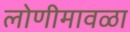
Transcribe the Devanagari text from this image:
लोणीमावळा